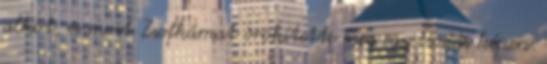
alkot, és most Zsofkámat örökítette meg egy csodás képen.